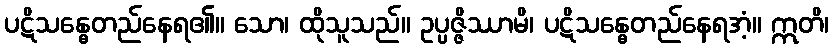
ပဋိသန္ဓေတည်နေရ၏။ သော၊ ထိုသူသည်။ ဥပ္ပဇ္ဇိဿာမိ၊ ပဋိသန္ဓေတည်နေရအံ့။ ဣတိ၊